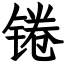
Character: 锩